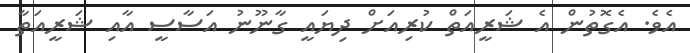
އެވެ. އެގޮތުން އެ ޝަރީއަތް ކުރިއަށް ދިޔައީ ގާނޫނު އަސާސީ އާއި ޝަރީއަތާ